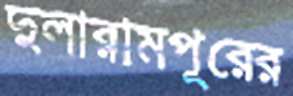
দুলারামপুরের